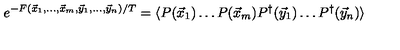
e ^ { - F ( \vec { x } _ { 1 } , \ldots , \vec { x } _ { m } , \vec { y } _ { 1 } , \ldots , \vec { y } _ { n } ) / T } = \langle P ( \vec { x } _ { 1 } ) \ldots P ( \vec { x } _ { m } ) P ^ { \dagger } ( \vec { y } _ { 1 } ) \ldots P ^ { \dagger } ( \vec { y } _ { n } ) \rangle